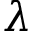
\lambda